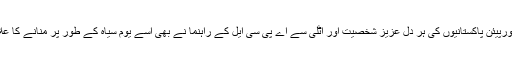
اسی طرح یورپیئن پاکستانیوں کی ہر دل عزیز شخصیت اور اٹلی سے اے پی سی ایل کے راہنما نے بھی اسے یوم سیاہ کے طور پر منانے کا علان کیا ہے ۔